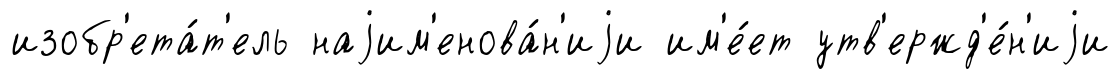
изобр'ета́т'ель наjим'енова́н'иjи им'е́ет утв'ержд'е́н'иjи